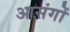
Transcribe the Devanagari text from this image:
आसंगों